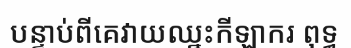
បន្ទាប់ពីគេវាយឈ្នះកីឡាករ ពុទ្ធ